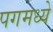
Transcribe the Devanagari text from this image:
पगमध्ये